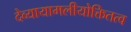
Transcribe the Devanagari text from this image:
देव्यायामलीयोक्तितत्व